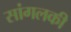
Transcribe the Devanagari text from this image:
सांगलकी